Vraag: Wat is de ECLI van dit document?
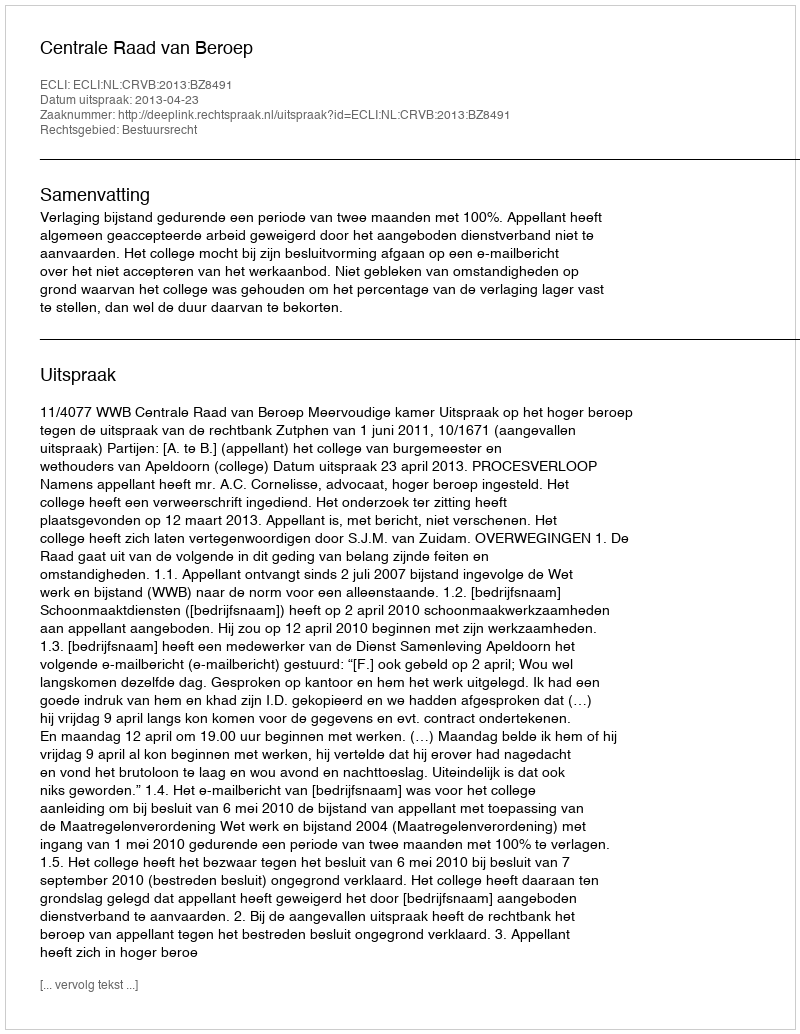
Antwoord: ECLI:NL:CRVB:2013:BZ8491